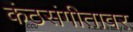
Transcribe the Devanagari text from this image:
कंठसंगीतावर